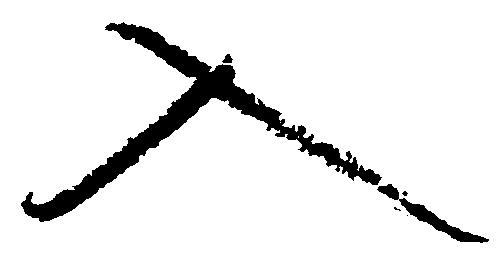
入